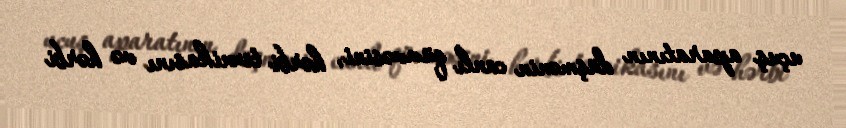
uçuş aparatının düşmənin canlı qüvvəsini, hərbi texnikasını və hərbi